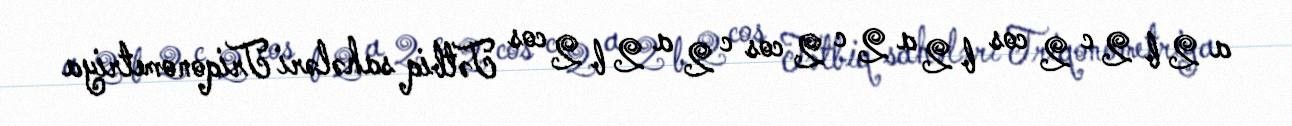
a 2 b 2 c 2 cos b 2 a 2 c 2 cos c 2 a 2 b 2 cos Tətbiq sahələri Triqonometriya